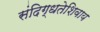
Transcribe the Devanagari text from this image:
संदिग्धतेशिवाय